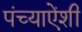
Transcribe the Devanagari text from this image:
पंच्याऐंशी